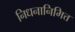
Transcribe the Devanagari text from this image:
निधनानिमित्त